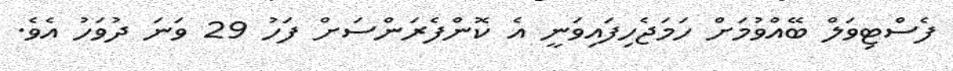
ފެސްޓިވަލް ބޭއްވުމަށް ހަމަޖެހިފައިވަނީ އެ ކޮންފެރަންސަށް ފަހު 29 ވަނަ ދުވަހު އެވެ.